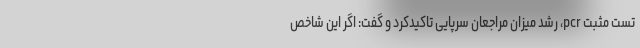
تست مثبت pcr، رشد میزان مراجعان سرپایی تاکیدکرد و گفت: اگر این شاخص